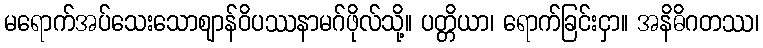
မရောက်အပ်သေးသောဈာန်ဝိပဿနာမဂ်ဖိုလ်သို့။ ပတ္တိယာ၊ ရောက်ခြင်းငှာ။ အနိဓိဂတဿ၊